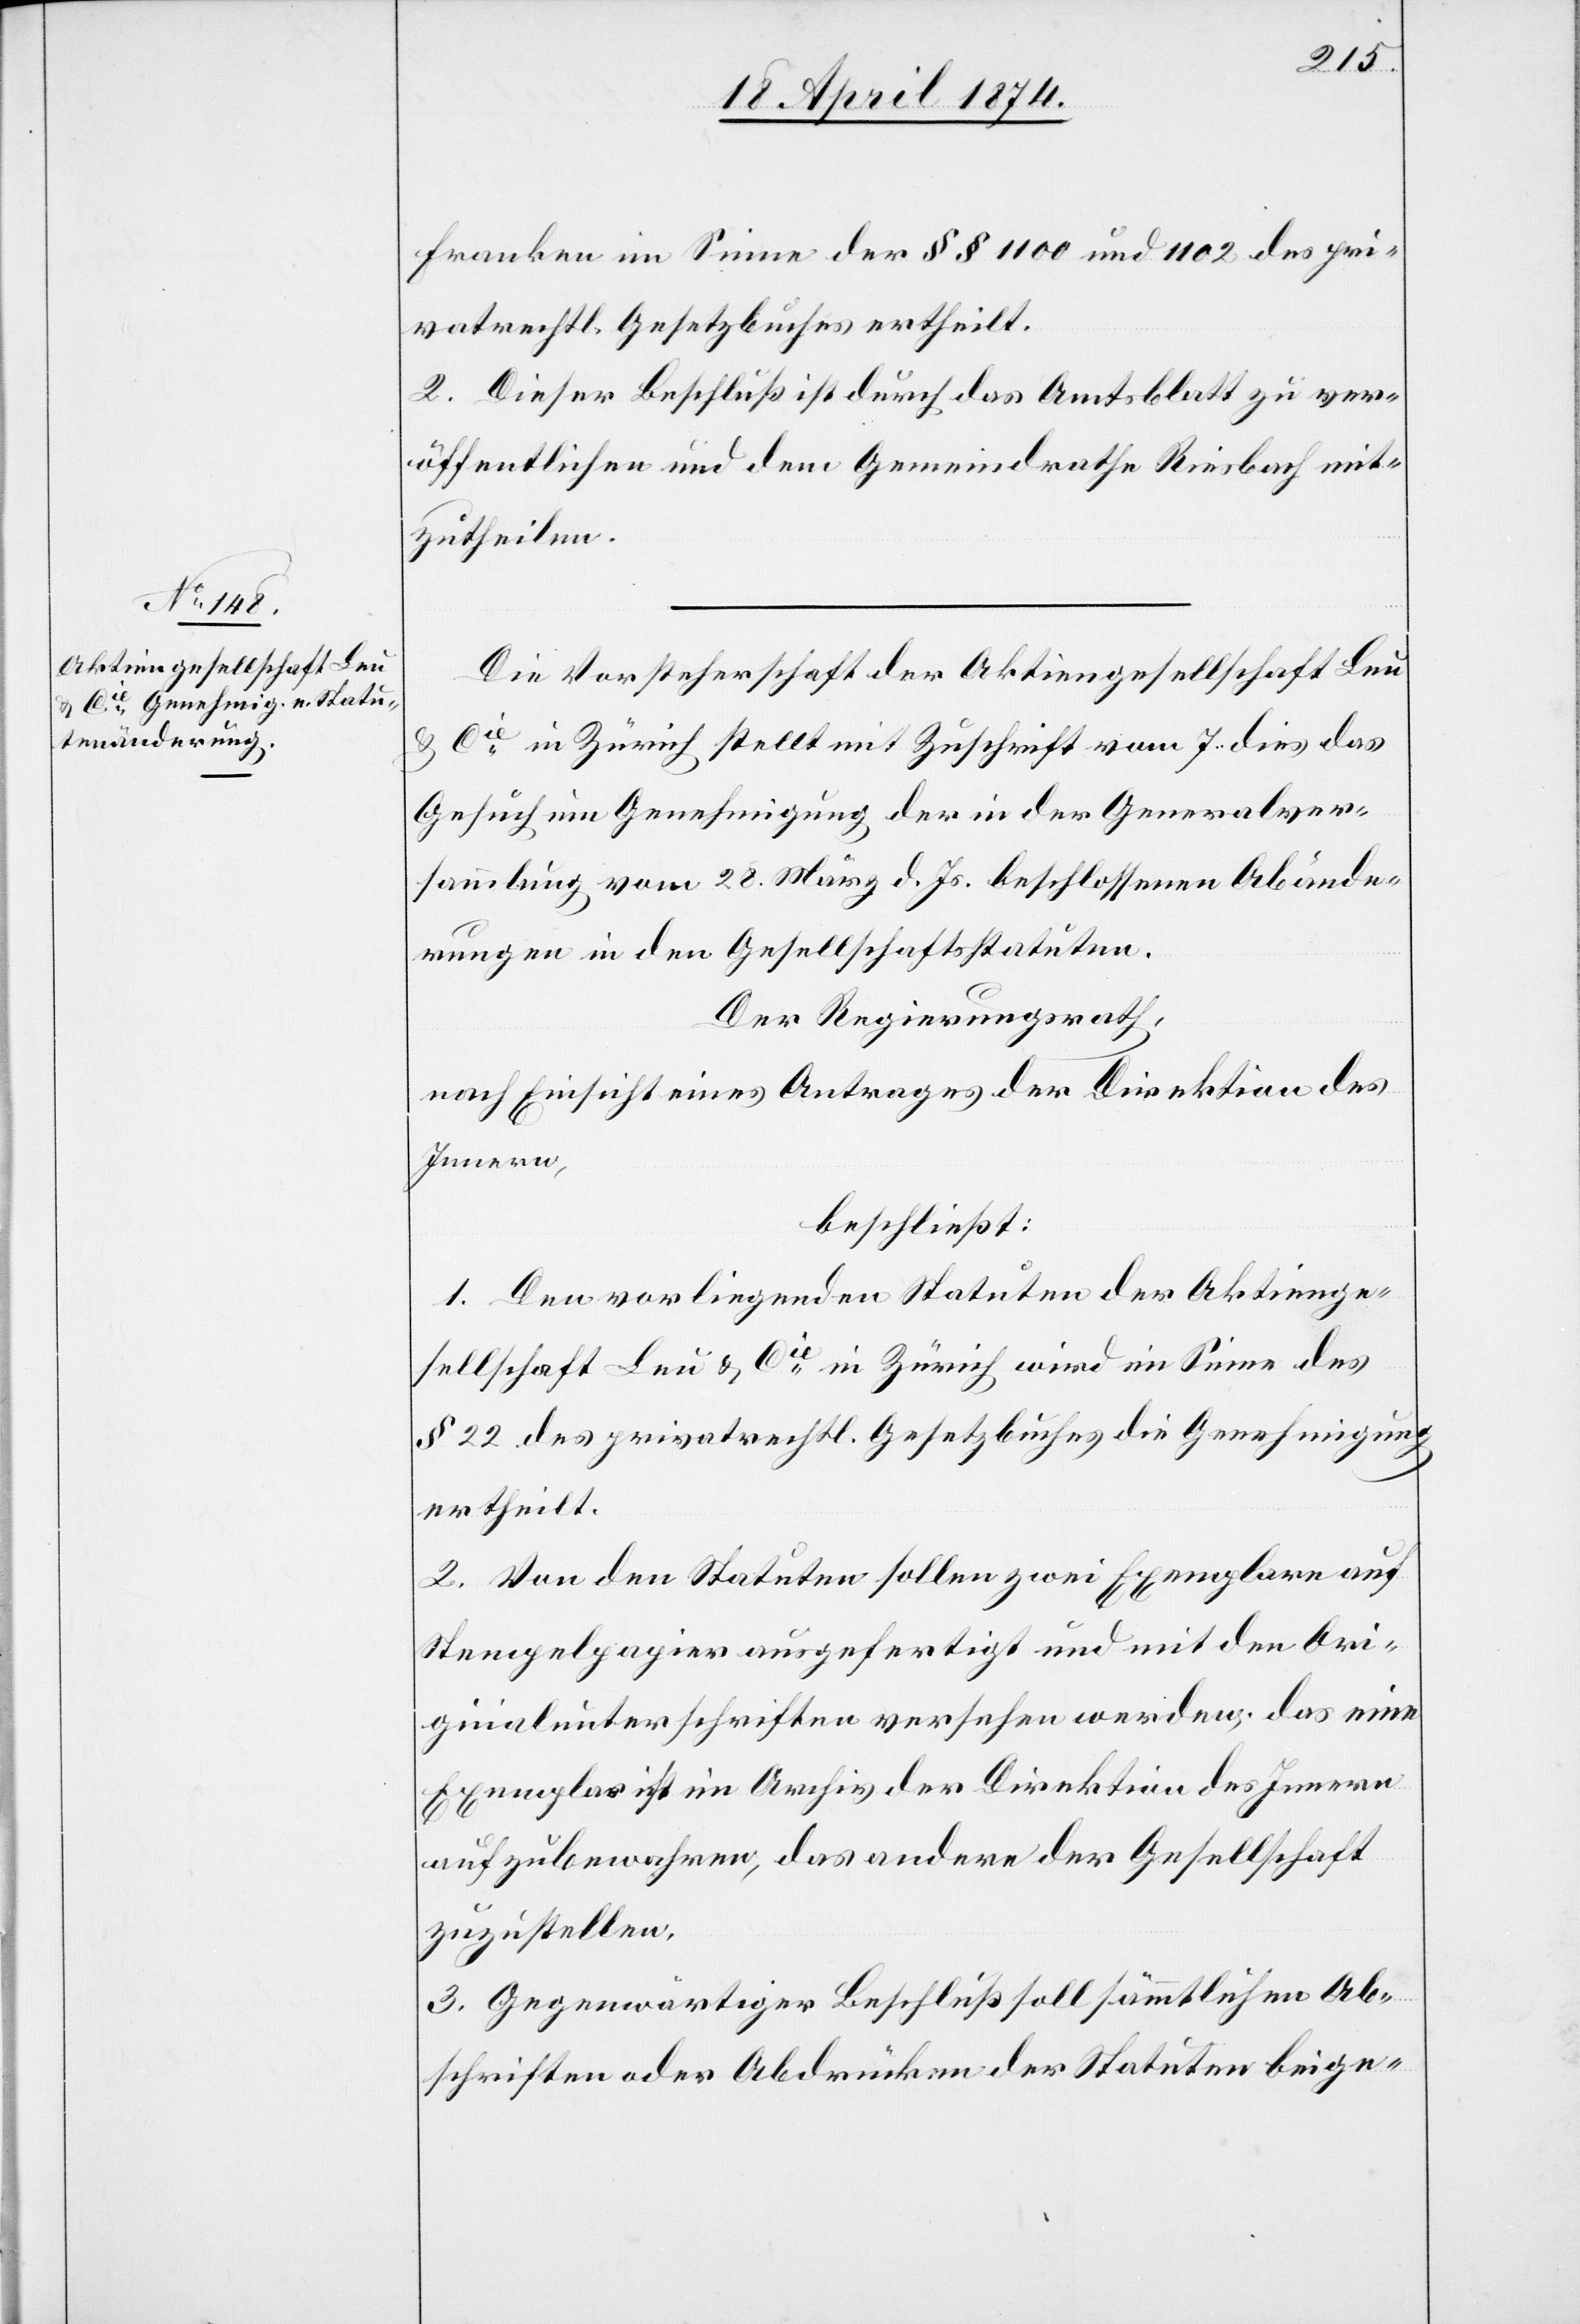
Franken im Sinne der §§ 1100 und 1102 des pri¬
vatrechtl. Gesetzbuches ertheilt.
2. Dieser Beschluß ist durch das Amtsblatt zu ver¬
öffentlichen und dem Gemeindrathe Riesbach mit¬
zutheilen.
Die Vorsteherschaft der Aktiengesellschaft Leu
u. Cie in Zürich stellt mit Zuschrift vom 7. dies das
Gesuch um Genehmigung der in der Generalver¬
sammlung vom 28 März d. Js. beschlossenen Abände¬
rungen in den Gesellschaftsstatuten.
Der Regierungsrath,
nach Einsicht eines Antrages der Direktion des
Innern,
beschließt:
1. Den vorliegenden Statuten der Aktienge¬
sellschaft Leu u. Cie in Zürich wird im Sinne des
§ 22 des privatrechtl. Gesetzbuches die Genehmigung
ertheilt.
2. Von den Statuten sollen zwei Exemplare auf
Stempelpapier ausgefertigt und mit den Ori¬
ginalunterschriften versehen werden; das eine
Exemplar ist im Archiv der Direktion des Innern
aufzubewahren, das andere der Gesellschaft
zuzustellen.
3. Gegenwärtiger Beschluß soll sämmtlichen Ab¬
schriften oder Abdrücken der Statuten beige-